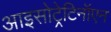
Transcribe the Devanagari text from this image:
आइसोट्रेटिनॉएन